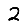
Digit: 2